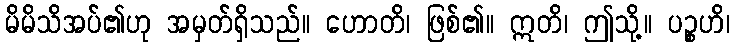
မိမိသိအပ်၏ဟု အမှတ်ရှိသည်။ ဟောတိ၊ ဖြစ်၏။ ဣတိ၊ ဤသို့။ ပဉ္စဟိ၊